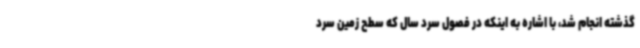
گذشته انجام شد، با اشاره به اینکه در فصول سرد سال که سطح زمین سرد